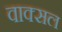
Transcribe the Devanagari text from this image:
वाक्‍सल